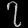
Digit: ၇